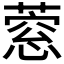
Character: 𦹎